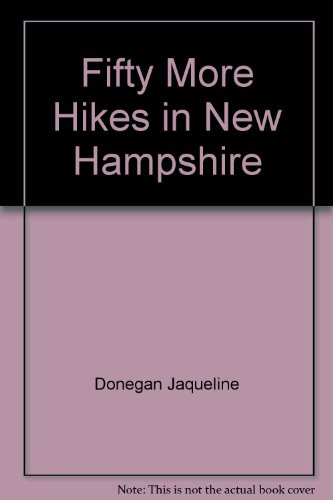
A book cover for Fifty More Hikes in New Hampshire: Day Hikes and Backpacking Trips from the Coast to Coos County; Daniel Doan; Travel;